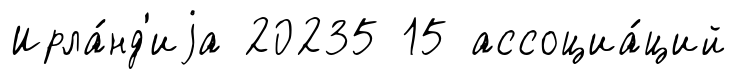
Ирла́нд'иjа 20235 15 ассоциа́ций